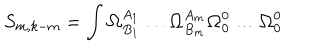
S _ { m , k - m } = \int \mathbf { \Omega } _ { B _ { 1 } } ^ { A _ { 1 } } \ldots \mathbf { \Omega } _ { B _ { m } } ^ { A _ { m } } \mathbf { \Omega } _ { 0 } ^ { 0 } \ldots \mathbf { \Omega } _ { 0 } ^ { 0 }